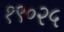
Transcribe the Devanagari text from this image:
१९०२५